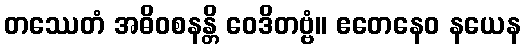
တဿေတံ အဓိဝစနန္တိ ဝေဒိတဗ္ဗံ။ ဧတေနေဝ နယေန